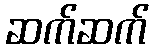
ဆက်ဆက်